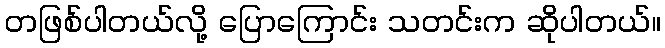
တဖြစ်ပါတယ်လို့ ပြောကြောင်း သတင်းက ဆိုပါတယ်။